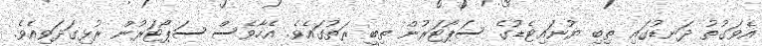
އެވަގުތު ދަނޑުގައި ތިބި ޔުނައިޓެޑުގެ ސަޕޯޓަރުން ތިބީ ރަތުގައެވެ. އެހާވެސް ސަޕޯޓަރުން ރުޅިގަދަވިއެވެ.